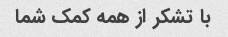
با تشکر از همه کمک شما